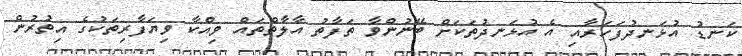
ކަނޑު އުޅަނދުފަހަރާއި އެ އުޅަނދުތަކަށް ބޭނުންވާ ތަފާތު އާލާތްތައް ވިއްކާ ވިޔަފާރިތަކުގެ އިތުރުން